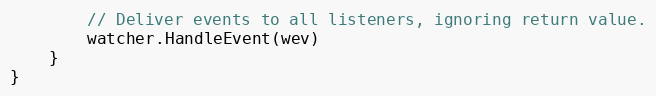
Language: Go
		// Deliver events to all listeners, ignoring return value.
		watcher.HandleEvent(wev)
	}
}